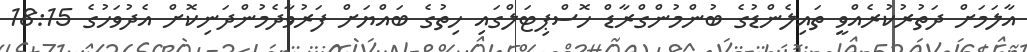
އާލަމަށް ދަތުރުކުރެއްވީ ތައިލެންޑުގެ ބުންމުންގްރާޑް ހޮސްޕިޓަލްގައި ހިތުގެ ބައްޔަށް ފަރުވާދެމުންދަނިކޮށް އެދުވަހުގެ 18:15